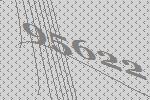
95622